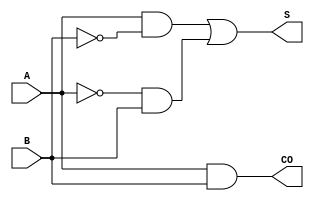
`timescale 1ns/1ns

module ha(
 input  A,
 input  B,
 output CO,
 output S
);

wire ai;
not not_a(ai, A);

wire bi;
not not_b(bi, B);

wire aib;
and and_aib(aib, ai, B);

wire abi;
and and_abi(abi, A, bi);

or or_s(S, abi, aib);
and and_co(CO, A, B);

endmodule